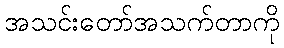
အသင်းတော်အသက်တာကို